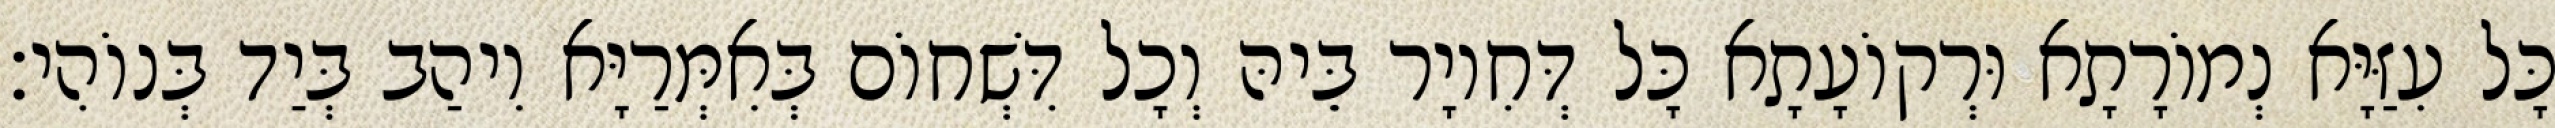
כָּל עִזַּיָּא נְמוֹרָתָא וּרְקוֹעָתָא כָּל דְּחִיוָר בֵּיהּ וְכָל דִּשְׁחוֹם בְּאִמְּרַיָּא וִיהַב בְּיַד בְּנוֹהִי׃